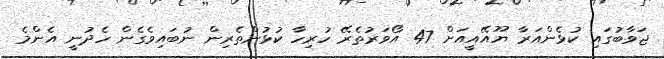
ޖަވާބުގައި ކުޅެންއަރާ ޔޫއޭއީއަށް 47 އޯވަރުތެރޭ ހުރިހާ ކުޅުންތެރިން ނުބައިވެގެން ހެދުނީ އެންމެ